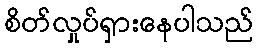
စိတ်လှုပ်ရှားနေပါသည်